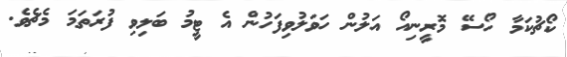
ކޯޗުކަމާ ހޯސޭ މޮރީނިއޯ އަލުން ހަވަލުވިފަހުން އެ ޓީމު ބަލިވި ފުރަތަމަ މެޗެވެ.